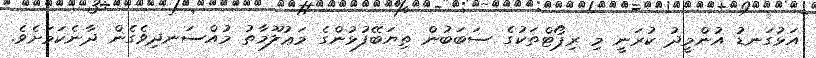
އަޅުގަނޑު އުންމީދު ކުރަނީ މި ރިޕޯޓްތަކުގެ ސަބަބުން ތިޔަބޭފުޅުންގެ މަޢުލޫމާތު މުއްސަނދިވެގެން ދާނެކަމަށެވެ.